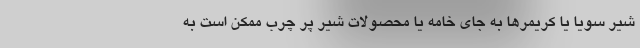
شیر سویا یا کریمرها به جای خامه یا محصولات شیر پر چرب ممکن است به